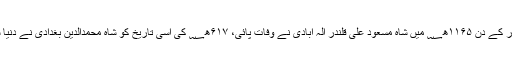
۲۳؍محرم اتوار کے دن ۱۱۶۵ھ؁ میں شاہ مسعود علی قلندرؒ الٰہ آبادی نے وفات پائی، ۶۱۷ھ؁ کی اسی تاریخ کو شاہ محمدالدین بغدادی نے دنیا سے کوچ کیا۔